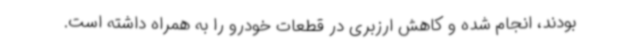
بودند، انجام شده و کاهش ارزبری در قطعات خودرو را به همراه داشته است.